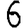
Digit: 6